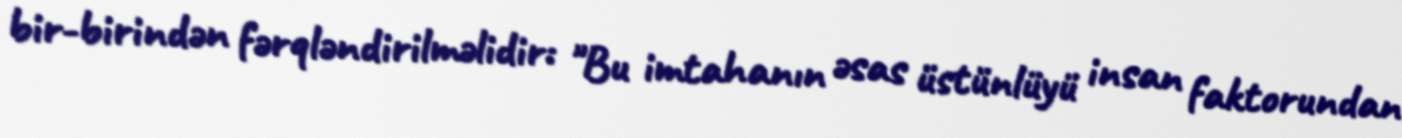
bir-birindən fərqləndirilməlidir: "Bu imtahanın əsas üstünlüyü insan faktorundan